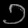
Digit: ၁